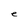
Character: e